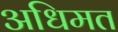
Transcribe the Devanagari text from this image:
अधिमत